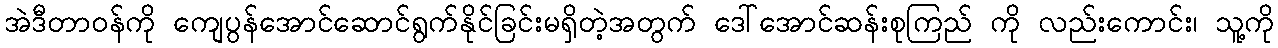
အဲဒီတာဝန်ကို ကျေပွန်အောင်ဆောင်ရွက်နိုင်ခြင်းမရှိတဲ့အတွက် ဒေါ်အောင်ဆန်းစုကြည် ကို လည်းကောင်း၊ သူ့ကို